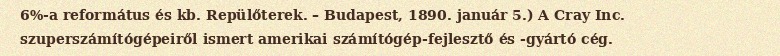
6%-a református és kb. Repülőterek. – Budapest, 1890. január 5.) A Cray Inc. szuperszámítógépeiről ismert amerikai számítógép-fejlesztő és -gyártó cég.